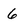
Character: 6